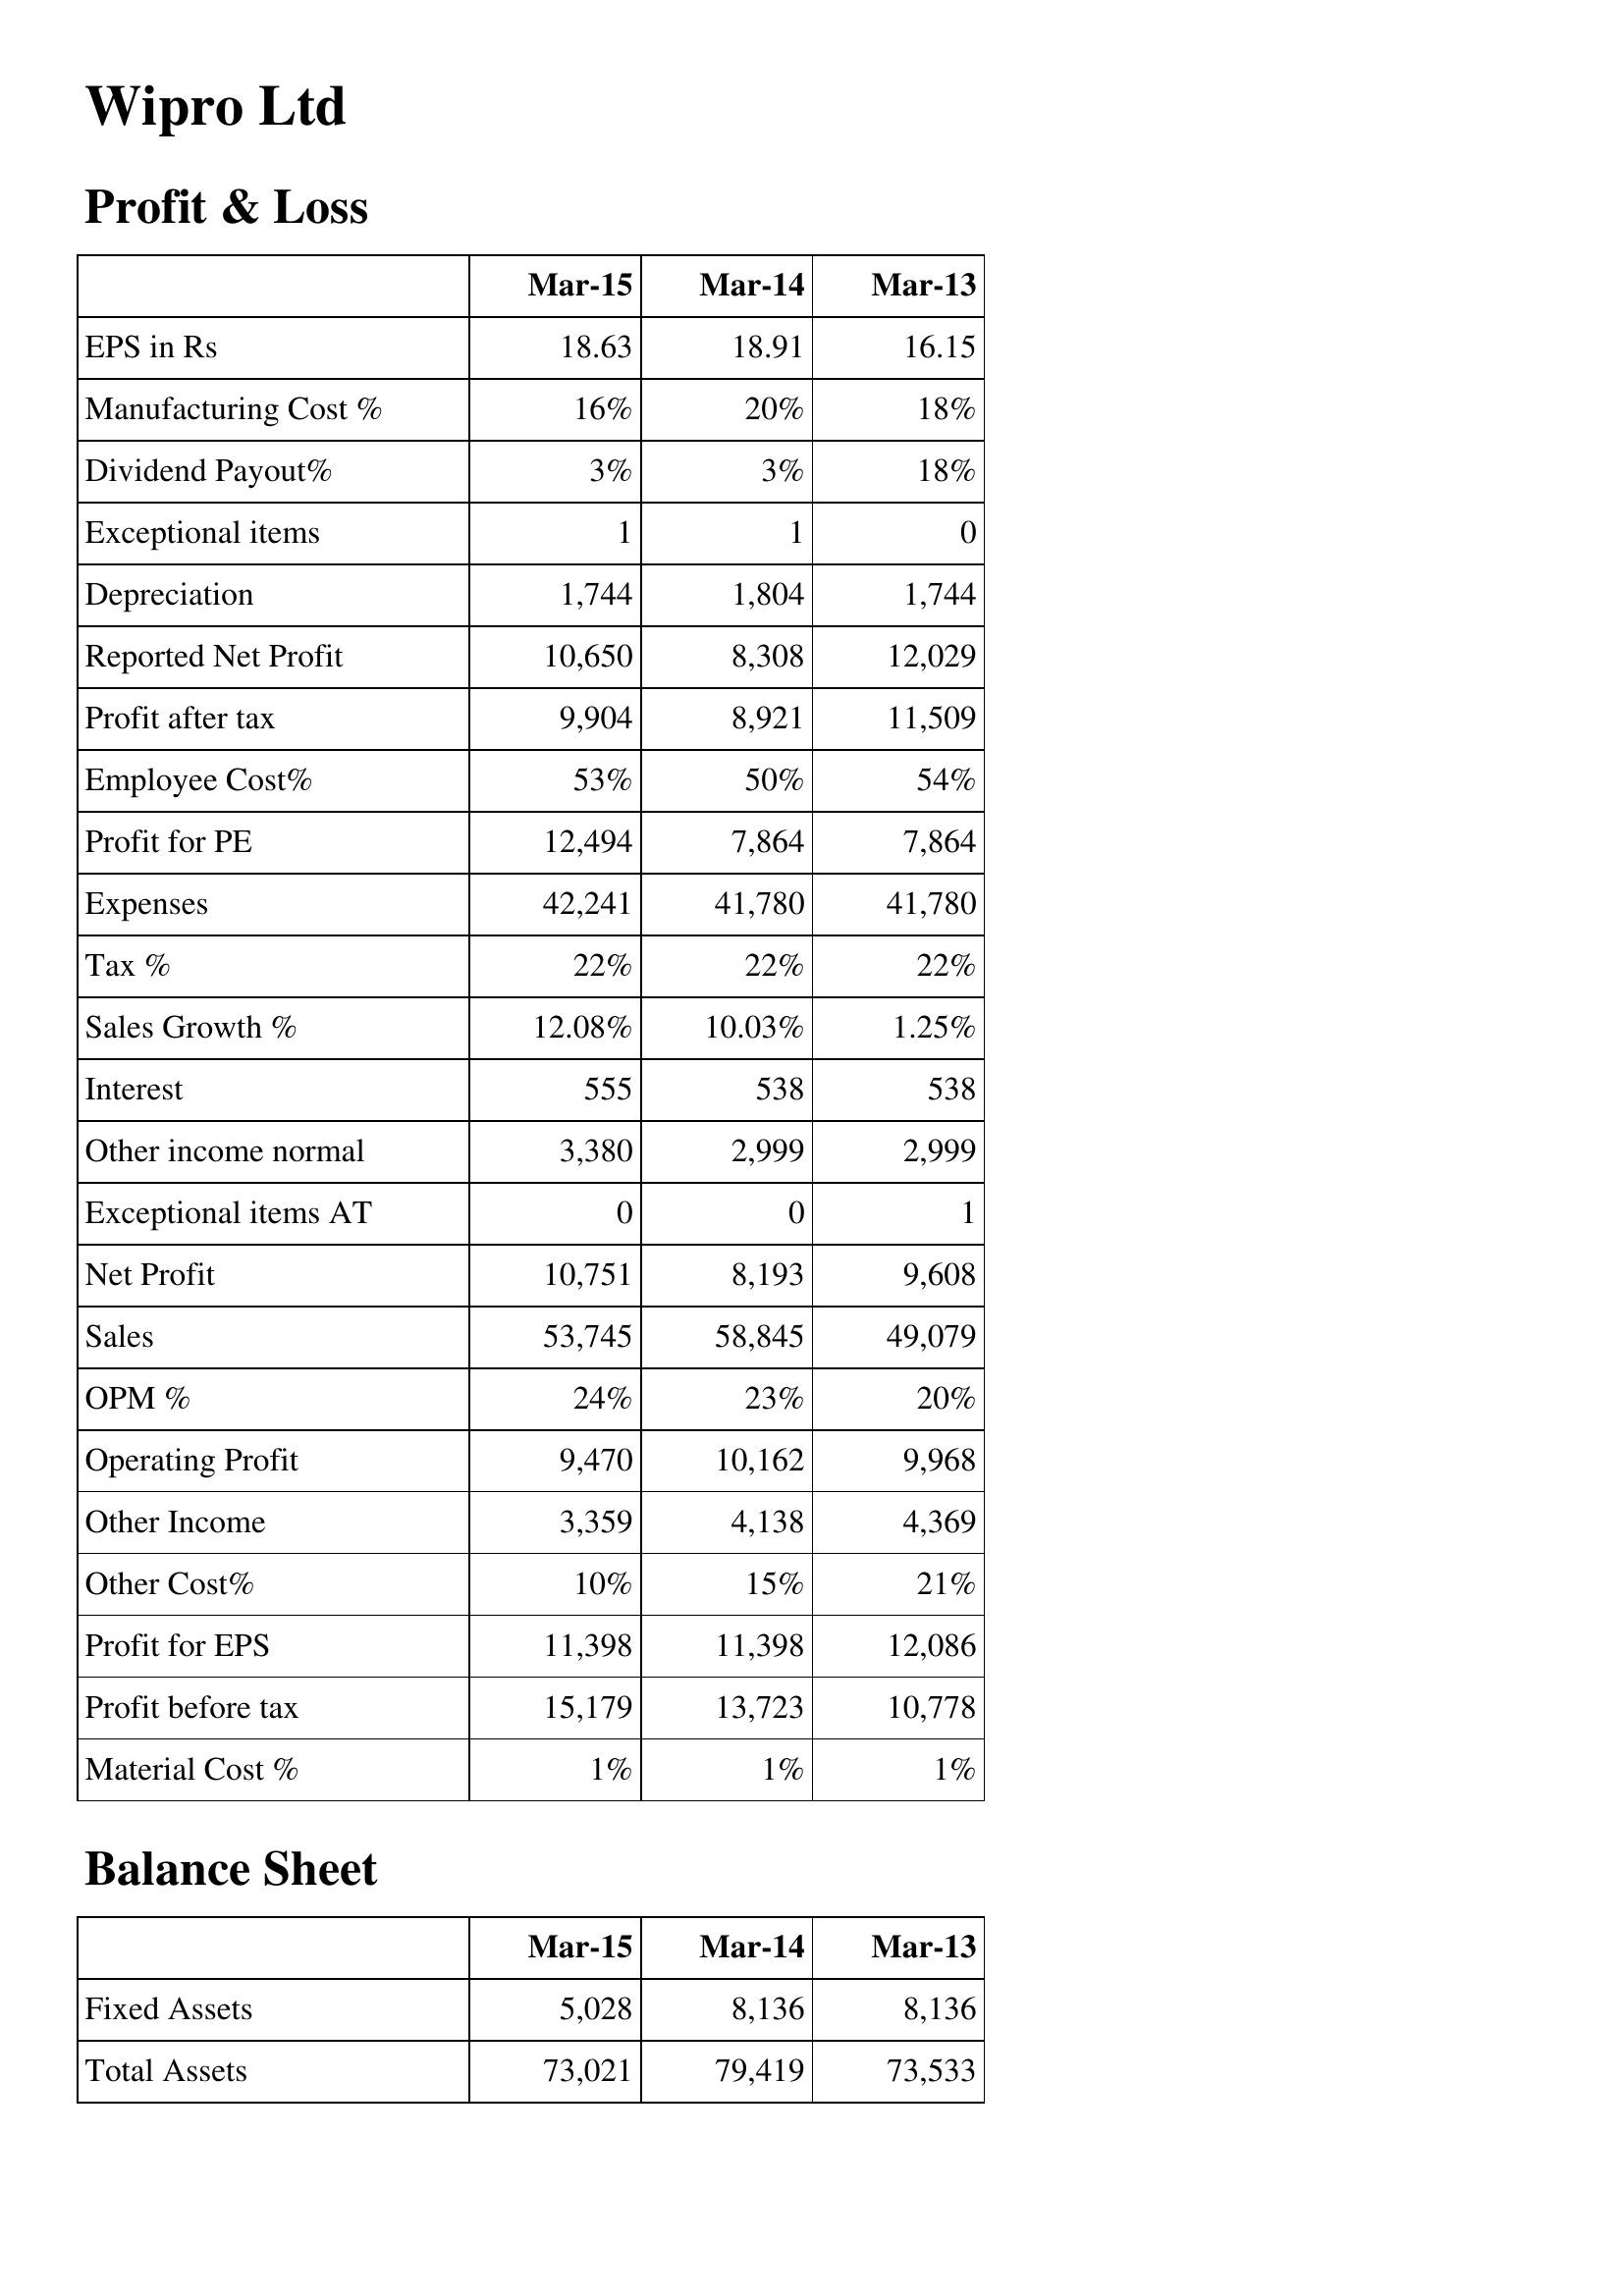
Mar-15: Profit & Loss: EPS in Rs: 18.63
Manufacturing Cost %: 16%
Dividend Payout%: 3%
Exceptional items: 1
Depreciation: 1,744
Reported Net Profit: 10,650
Profit after tax: 9,904
Employee Cost%: 53%
Profit for PE: 12,494
Expenses: 42,241
Tax %: 22%
Sales Growth %: 12.08%
Interest: 555
Other income normal: 3,380
Exceptional items AT: 0
Net Profit: 10,751
Sales: 53,745
OPM %: 24%
Operating Profit: 9,470
Other Income: 3,359
Other Cost%: 10%
Profit for EPS: 11,398
Profit before tax: 15,179
Material Cost %: 1%
Balance Sheet: Fixed Assets: 5,028
Total Assets: 73,021
Mar-14: Profit & Loss: EPS in Rs: 18.91
Manufacturing Cost %: 20%
Dividend Payout%: 3%
Exceptional items: 1
Depreciation: 1,804
Reported Net Profit: 8,308
Profit after tax: 8,921
Employee Cost%: 50%
Profit for PE: 7,864
Expenses: 41,780
Tax %: 22%
Sales Growth %: 10.03%
Interest: 538
Other income normal: 2,999
Exceptional items AT: 0
Net Profit: 8,193
Sales: 58,845
OPM %: 23%
Operating Profit: 10,162
Other Income: 4,138
Other Cost%: 15%
Profit for EPS: 11,398
Profit before tax: 13,723
Material Cost %: 1%
Balance Sheet: Fixed Assets: 8,136
Total Assets: 79,419
Mar-13: Profit & Loss: EPS in Rs: 16.15
Manufacturing Cost %: 18%
Dividend Payout%: 18%
Exceptional items: 0
Depreciation: 1,744
Reported Net Profit: 12,029
Profit after tax: 11,509
Employee Cost%: 54%
Profit for PE: 7,864
Expenses: 41,780
Tax %: 22%
Sales Growth %: 1.25%
Interest: 538
Other income normal: 2,999
Exceptional items AT: 1
Net Profit: 9,608
Sales: 49,079
OPM %: 20%
Operating Profit: 9,968
Other Income: 4,369
Other Cost%: 21%
Profit for EPS: 12,086
Profit before tax: 10,778
Material Cost %: 1%
Balance Sheet: Fixed Assets: 8,136
Total Assets: 73,533